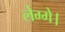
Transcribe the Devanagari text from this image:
लेग्गे।